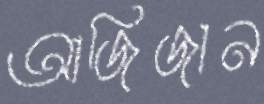
আজিজান